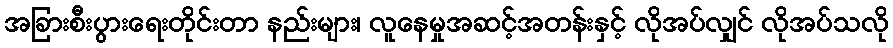
အခြားစီးပွားရေးတိုင်းတာ နည်းများ၊ လူနေမှုအဆင့်အတန်းနှင့် လိုအပ်လျှင် လိုအပ်သလို